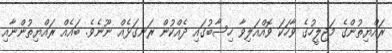
ރައްޔިތުންގެ މަޖިލީހުގެ ވާހަކަ ވޮއްއަލިވާ ހިސާބުގައި ދެއްކުން ރަނގަޅެއް ނޫނެވެ. ބައެއް ރައްޔިތުންނާއި